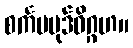
စင်္ကမပုဒ်ဝိဂ္ဂဟ။